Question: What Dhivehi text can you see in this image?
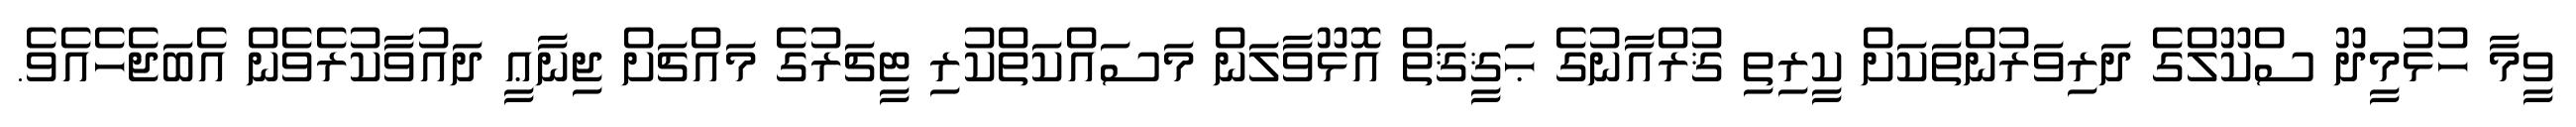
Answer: ވީމާ ހުޅުމީދޫ ސްކޫލްގެ ދަރިވަރުންތަކަށް ކީރިތި ޤުރްއާނުގެ ޙަޤީޤަތް އޮޅޫވާލަން މަސައްކަތްކުރި ޓީޗަރުގެ މައްޗަށް ޖިނާޢީ ދައުވާކުރެވެން އެބަޖެހެއެވެ.